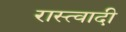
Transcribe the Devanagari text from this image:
रास्त्वादी